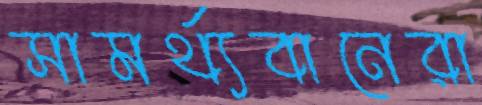
সামর্থ্যবানেরা